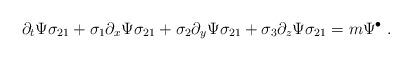
LaTeX: \begin{align*}\partial_t \Psi \sigma_{21} + \sigma_{1} \partial_x \Psi \sigma_{21} + \sigma_{2} \partial_y \Psi \sigma_{21} + \sigma_{3} \partial_z \Psi \sigma_{21} = m \Psi^{\bullet}~.\end{align*}